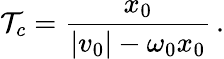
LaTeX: \mathcal{T}_{c}=\frac{{x_{0}}}{{|v_{0}|-\omega_{0}x_{0}}}\, .